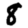
Digit: 8